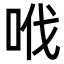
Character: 𠲎